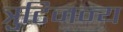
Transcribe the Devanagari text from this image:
त्रुटिजन्य